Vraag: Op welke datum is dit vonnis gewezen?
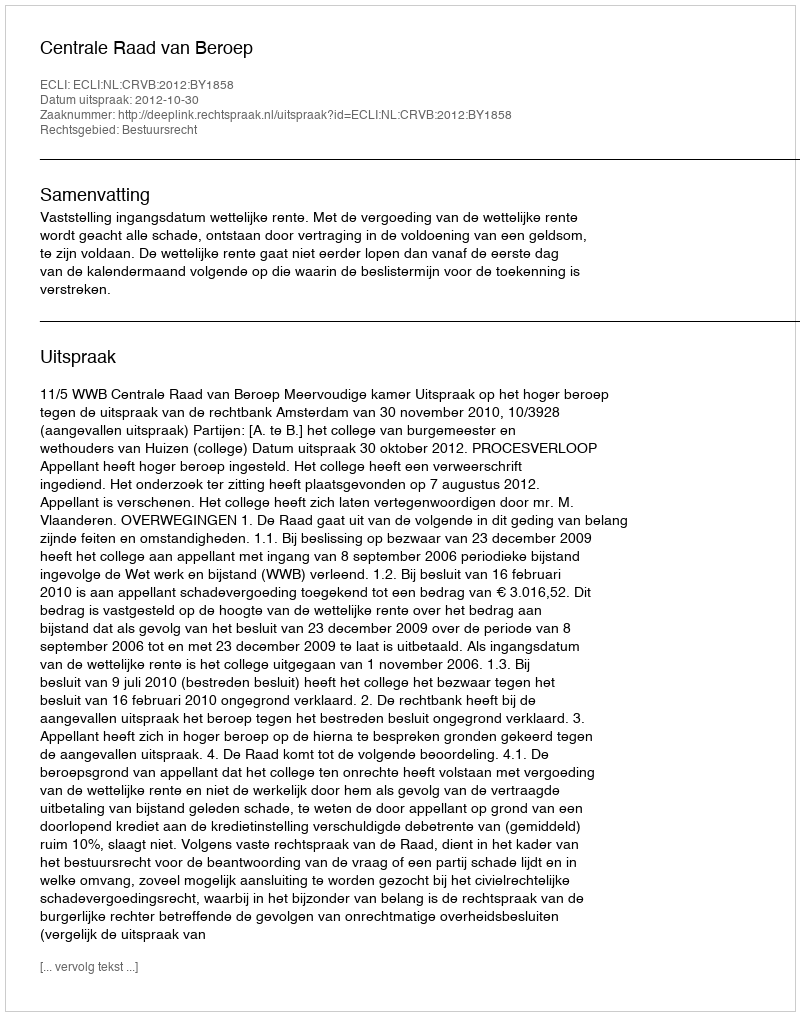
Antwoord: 2012-10-30